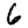
Digit: 6